Vaccination in Bombay 1902-1912 - 1902-1912
Year: 1902
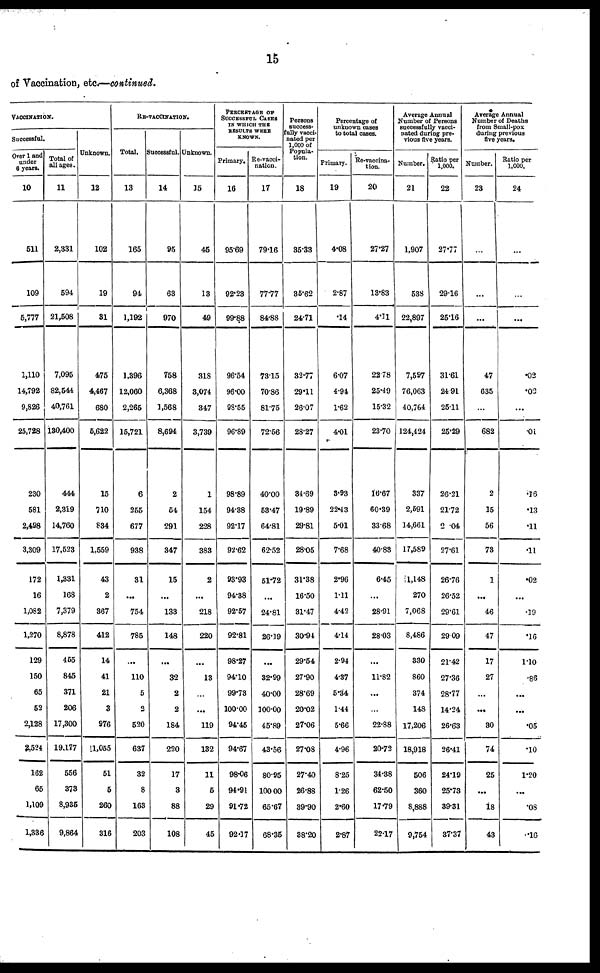
15
of Vaccination, etc.—continued.
VACCINATION.
Successful.
Over 1 and
under
8 years.
10
511
109
5,777
1,110
14,792
9,826
23,728
230
581
2,498
3,309
172
16
1,082
1,270
129
150
65
52
2,128
2,524
162
65
1,109
1,336
Total of
all ages.
11
2,331
594
21,508
7,095
82,544
40,761
130,400
444
2,319
14,760
17,523
1,331
168
7,379
8,878
455
845
371
206
17,300
19,177
556
373
8,935
9,864
Unknown.
12
102
19
81
475
4,467
680
5,622
15
710
834
1,559
43
2
367
412
14
41
21
3
976
11,055
51
5
260
316
RE-VACCINATION.
Total.
13
165
94
1,192
1,396
12,060
2,265
15,721
6
255
677
938
31
...
754
785
...
110
5
2
520
637
32
8
163
203
Successful.
14
95
63
970
758
6,368
1,568
8,694
2
54
291
347
15
...
133
148
...
32
2
2
184
220
17
3
88
108
Unknown.
15
45
13
49
318
3,074
347
3,739
1
154
228
383
2
...
218
220
...
13
...
...
119
132
11
5
29
45
PERCENTAGE OF
SUCCESSFUL CASES
IN WHICH THE
RESULTS WERE
KNOWN.
Primary.
16
95.69
92.23
99.88
96.54
96.00
98.55
96.89
98.89
94.38
92.17
92.62
93.93
94.38
92.57
92.81
98.27
94.10
99.73
100.00
94.45
94.67
98.06
94.91
91.72
92.17
Re-vacci-
nation.
17
79.16
77.77
84.88
73.15
70.86
81.75
72.56
40.00
53.47
64.81
62.52
51.72
...
24.81
26.19
...
32.99
40.00
100.00
45.89
43.56
80.95
100.00
65.67
68.35
Persons
success-
fully vacci-
nated per
1,000 of
Popula-
tion.
18
35.33
35.62
24.71
32.77
29.11
26.07
28.27
34.69
19.89
29.81
28.05
31.38
16.50
31.47
30.94
29.54
27.90
28.69
20.02
27.06
27.08
27.40
26.88
39.90
38.20
Percentage of
unknown cases
to total cases.
Primary.
19
4.08
2.87
.14
6.07
4.94
1.62
4.01
3.93
22.43
5.01
7.68
2.96
1.11
4.42
4.14
2.94
4.37
5.34
1.44
5.66
4.96
8.25
1.26
2.60
2.87
Re-vaccina-
tion.
20
27.27
13.83
4.11
22.78
25.49
15.32
23.70
16.67
60.39
33.68
40.83
6.45
...
28.91
28.03
...
11.82
...
...
22.88
20.72
34.38
62.50
17.79
22.17
Average Annual
Number of Persons
successfully vacci-
nated during pre-
vious five years.
Number.
21
1,907
538
22,897
7,597
76,063
40,764
124,424
337
2,691
14,661
17,589
11,148
270
7,068
8,486
330
860
374
148
17,206
18,918
506
360
8,888
9,754
Ratio per
1,000.
22
27.77
29.16
25.16
31.61
24.91
25.11
25.29
26.21
21.72
2.04
27.61
26.76
26.52
29.61
29.09
21.42
27.36
28.77
14.24
26.63
26.41
24.19
25.73
39.31
37.37
Average Annual
Number of Deaths
from Small-pox
during previous
five years.
Number.
23
...
...
...
47
635
...
682
2
15
56
73
1
...
46
47
17
27
...
...
30
74
25
...
18
43
Ratio per
1,000.
24
...
...
...
.02
.02
...
.01
.16
.13
.11
.11
.02
...
.19
.16
1.10
.86
...
...
.05
.10
1.20
...
.08
.16